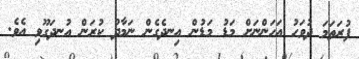
ފުރަތަމަ ދުވަހު އަހަންނަށް މަޑު މަޑުން އިނދެގެން ނަމާދު ކުރަން އުނދަގޫވި އެވެ.